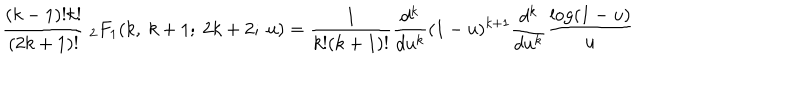
\frac { ( k - 1 ) ! k ! } { ( 2 k + 1 ) ! } { \ } _ { 2 } F _ { 1 } ( k , \ k + 1 ; \ 2 k + 2 ; \ u ) = \frac { 1 } { k ! ( k + 1 ) ! } \frac { d ^ { k } } { d u ^ { k } } ( 1 - u ) ^ { k + 1 } \frac { d ^ { k } } { d u ^ { k } } \frac { \log ( 1 - u ) } { u }